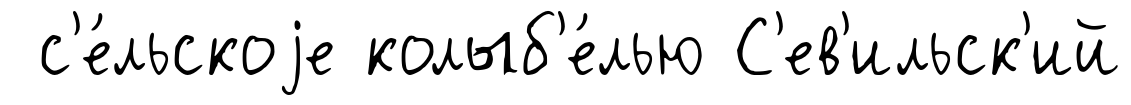
с'е́льскоjе колыб'е́лью С'ев'ильск'ий